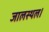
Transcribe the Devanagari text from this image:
जालस्थल।